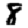
Digit: 8